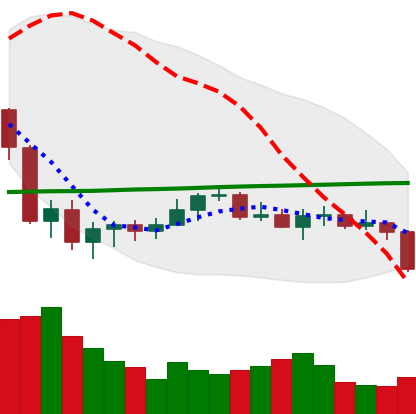
Ticker: XLM-USD
Chart end date: 2020-09-21
Forward return: 4.611%
Label: up_3_5